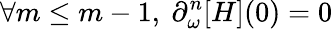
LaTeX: \forall m\leq m-1,~\partial_{\omega}^{n}[H](0)=0